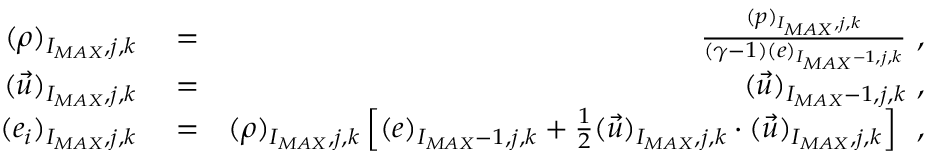
\begin{array} { r l r } { ( \rho ) _ { I _ { M A X } , j , k } } & { { } = } & { \frac { ( p ) _ { I _ { M A X } , j , k } } { ( \gamma - 1 ) ( e ) _ { I _ { M A X } - 1 , j , k } } \mathrm { ~ , ~ } } \\ { ( \vec { u } ) _ { I _ { M A X } , j , k } } & { { } = } & { ( \vec { u } ) _ { I _ { M A X } - 1 , j , k } \mathrm { ~ , ~ } } \\ { ( e _ { i } ) _ { I _ { M A X } , j , k } } & { { } = } & { ( \rho ) _ { I _ { M A X } , j , k } \left[ ( e ) _ { I _ { M A X } - 1 , j , k } + \frac { 1 } { 2 } ( \vec { u } ) _ { I _ { M A X } , j , k } \cdot ( \vec { u } ) _ { I _ { M A X } , j , k } \right] \, \mathrm { ~ , ~ } } \end{array}